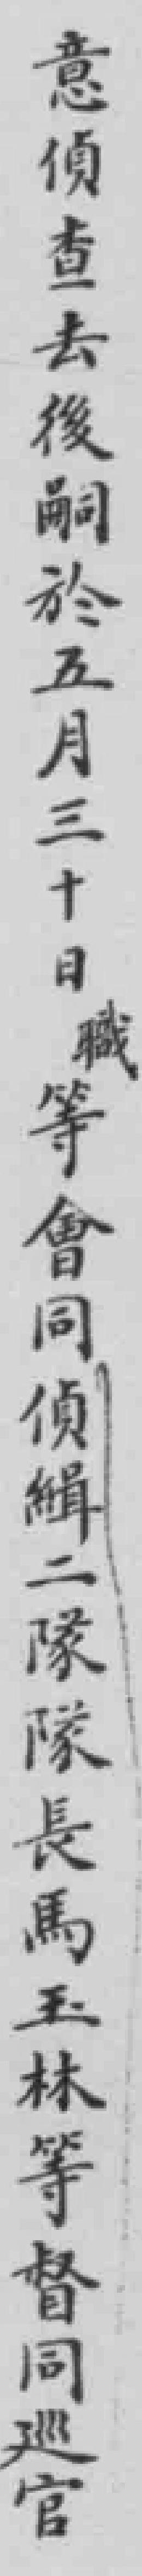
意偵查去後嗣於五月三十日職等會同偵緝二隊隊長馬玉林等督同廵官